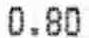
0.80